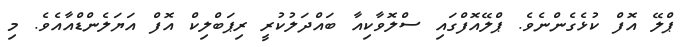
ޕްލޭ އޮފް ކުޅެގެންނެވެ. ޕްލޭއޮފްގައި ސްލޮވާކިއާ ބައްދަލުކުރީ ރިޕަބްލިކް އޮފް އަޔަލެންޑްއާއެވެ. މި